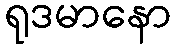
ရုဒမာနော